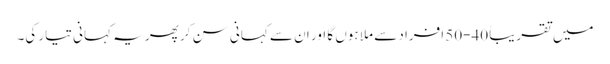
میں تقریباً 40-50 افراد سے ملا ہوں گا اور ان سے کہانی سن کر پھر یہ کہانی تیار کی۔